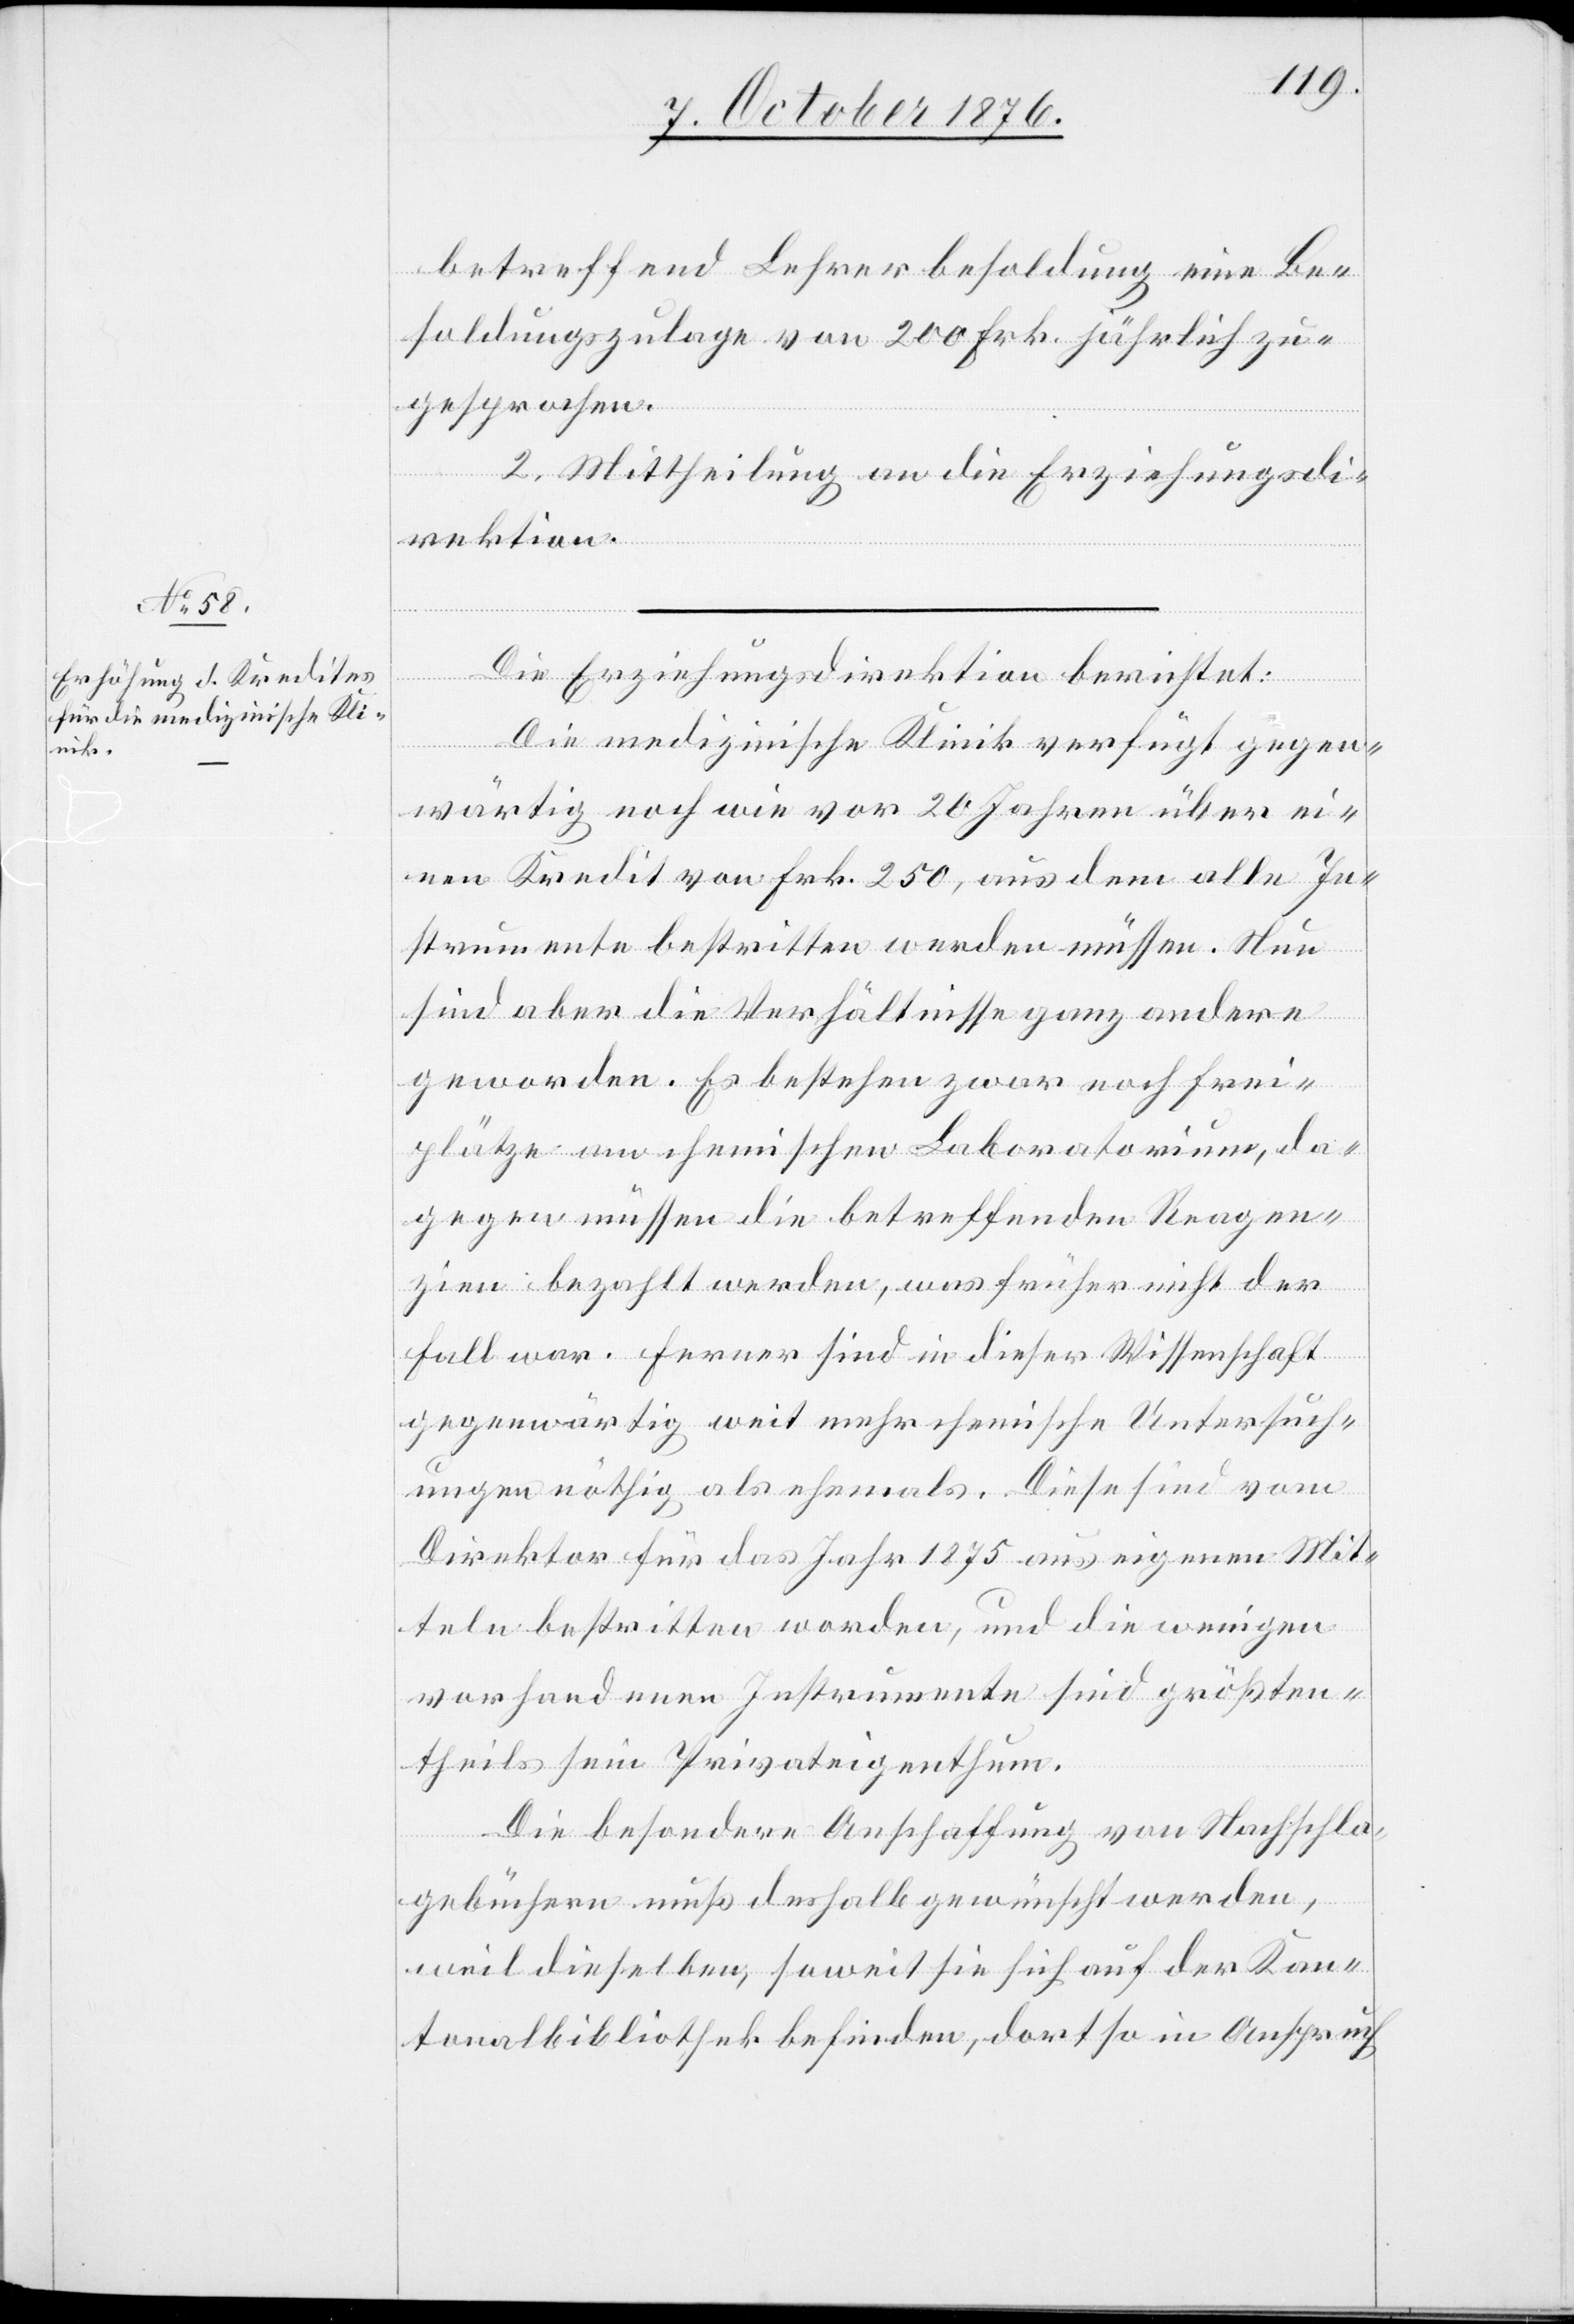
betreffend Lehrerbesoldung eine Be¬
soldungszulage von 200 Frk. jährlich zu¬
gesprochen.
2. Mittheilung an die Erziehungsdi¬
rektion.
Die Erziehungsdirektion berichtet:
Die medizinische Klinik verfügt gegen¬
wärtig noch wie vor 20 Jahren über ei¬
nen Kredit von Frk. 250, aus dem alle In¬
strumente bestritten werden müssen. Nun
sind aber die Verhältnisse ganz andere
geworden. Es bestehen zwar noch Frei¬
plätze am chemischen Laboratorium, da¬
gegen müssen die betreffenden Reagen¬
zien bezahlt werden, was früher nicht der
Fall war. Ferner sind in dieser Wissenschaft
gegenwärtig weit mehr chemische Untersuch¬
ungen nöthig als ehemals. Diese sind vom
Direktor für das Jahr 1875 aus eigenen Mit¬
teln bestritten worden, und die wenigen
vorhandenen Instrumente sind größten¬
theils sein Privateigenthum.
Die besondere Anschaffung von Nachschla¬
gebüchern muß deshalb gewünscht werden,
weil dieselben, soweit sie sich auf der Kan¬
tonalbibliothek befinden, dort so in Anspruch